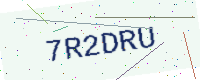
Text: 7R2DRU